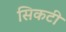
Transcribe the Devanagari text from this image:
सिकटी